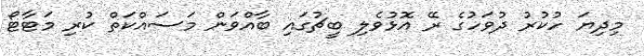
މިދިޔަ ހުކުރު ދުވަހުގެ ރޭ އޮޅުވެލި ބީޗުގައި ބާއްވަން މަސައްކަތް ކުރި މަޓާޓޯ